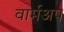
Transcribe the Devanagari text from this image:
वार्मअप